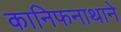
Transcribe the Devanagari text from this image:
कानिफनाथाने